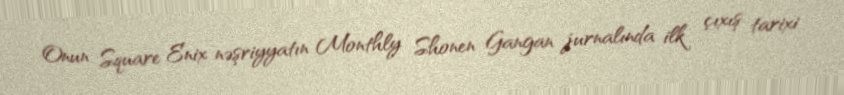
Onun Square Enix nəşriyyatın Monthly Shonen Gangan jurnalında ilk çıxış tarixi